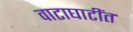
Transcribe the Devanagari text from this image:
वाटाघाटींत